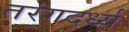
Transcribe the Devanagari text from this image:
तरंगदर्ध्य